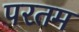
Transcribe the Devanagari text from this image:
परतम